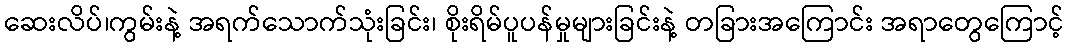
ဆေးလိပ်၊ကွမ်းနဲ့ အရက်သောက်သုံးခြင်း၊ စိုးရိမ်ပူပန်မှုများခြင်းနဲ့ တခြားအကြောင်း အရာတွေကြောင့်